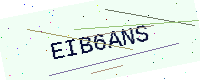
Text: EIB6ANS